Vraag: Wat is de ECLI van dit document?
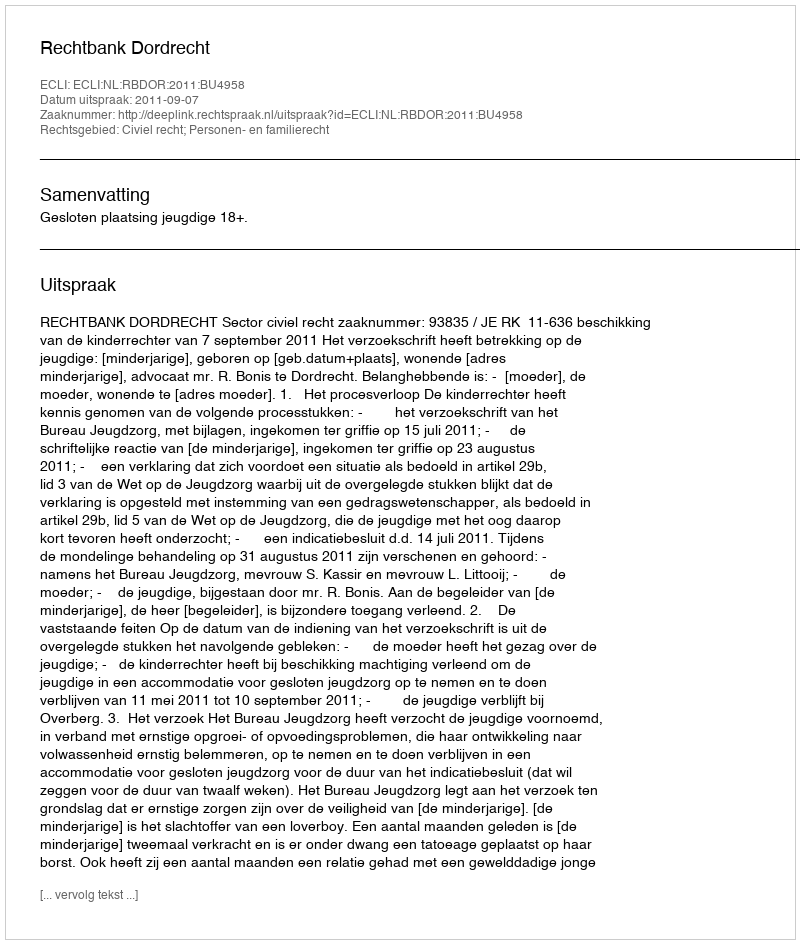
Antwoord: ECLI:NL:RBDOR:2011:BU4958